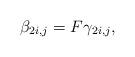
LaTeX: \begin{align*} \beta_{2i,j}=F\gamma_{2i,j},\end{align*}